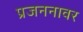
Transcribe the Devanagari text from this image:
प्रजननावर